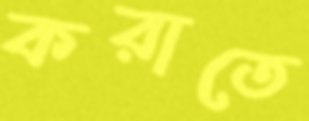
করাতে